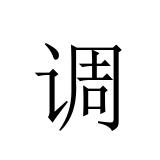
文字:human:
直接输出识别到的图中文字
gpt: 调